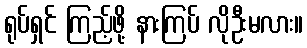
ရုပ်ရှင် ကြည့်ဖို့ နားကြပ် လိုဦးမလား။